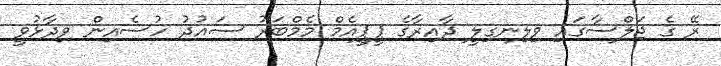
ރޭ ގެ ޖަލްސާގައި ވިލިނގިލީ ދާއިރާގެ ޕީޕީއެމް މެމްބަރު ސައުދު ހުސެއިން ވިދާޅުވީ